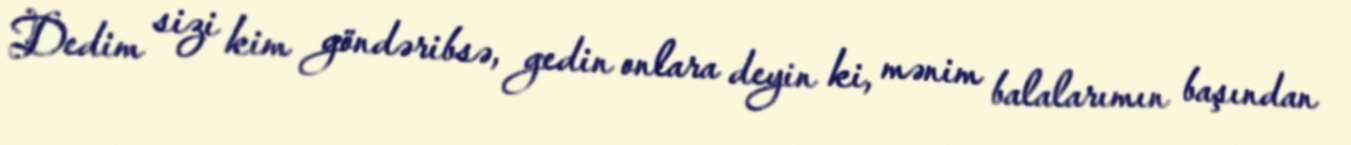
Dedim sizi kim göndəribsə, gedin onlara deyin ki, mənim balalarımın başından